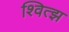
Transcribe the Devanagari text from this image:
श्वित्झ